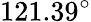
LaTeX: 121.39^{\circ}